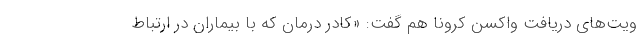
ویت‌های دریافت واکسن کرونا هم گفت: «کادر درمان که با بیماران در ارتباط